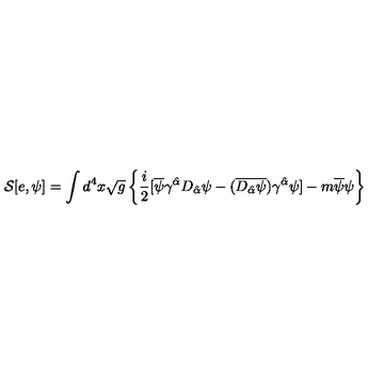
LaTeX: { \cal S } [ e , \psi ] = \int d ^ { 4 } x \sqrt { g } \left\{ \frac { i } { 2 } [ \overline { { \psi } } \gamma ^ { \hat { \alpha } } D _ { \hat { \alpha } } \psi - ( \overline { { D _ { \hat { \alpha } } \psi } } ) \gamma ^ { \hat { \alpha } } \psi ] - m \overline { { \psi } } \psi \right\}